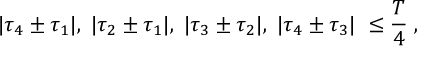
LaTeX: | { \tau } _ { 4 } \pm { \tau } _ { 1 } | , \; | { \tau } _ { 2 } \pm { \tau } _ { 1 } | , \; | { \tau } _ { 3 } \pm { \tau } _ { 2 } | , \; | { \tau } _ { 4 } \pm { \tau } _ { 3 } | \; \leq \frac { T } { 4 } \; ,